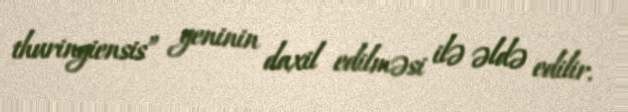
thuringiensis” geninin daxil edilməsi ilə əldə edilir.